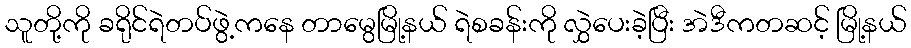
သူတို့ကို ခရိုင်ရဲတပ်ဖွဲ့ကနေ တာမွေမြို့နယ် ရဲစခန်းကို လွှဲပေးခဲ့ပြီး အဲဒီကတဆင့် မြို့နယ်